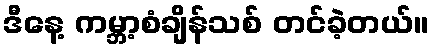
ဒီနေ့ ကမ္ဘာ့စံချိန်သစ် တင်ခဲ့တယ်။